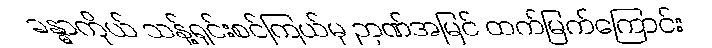
ခန္ဓာကိုယ် သန့်ရှင်းစင်ကြယ်မှ ဉာဏ်အမြင် ထက်မြက်ကြောင်း